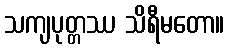
သကျပုတ္တဿ သိရီမတော။